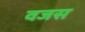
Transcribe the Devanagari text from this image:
वजस